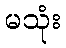
မသုံး